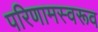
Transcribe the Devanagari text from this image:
परिणामस्वरूव